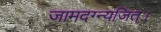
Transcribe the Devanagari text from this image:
जामदग्न्यजित्‌।